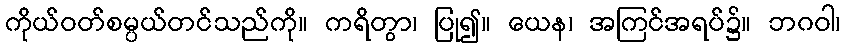
ကိုယ်ဝတ်စမ္ပယ်တင်သည်ကို။ ကရိတွာ၊ ပြု၍။ ယေန၊ အကြင်အရပ်၌။ ဘဂဝါ၊